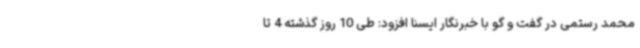
محمد رستمی در گفت و گو با خبرنگار ایسنا افزود: طی 10 روز گذشته 4 تا